Annual report on the health of the army in India
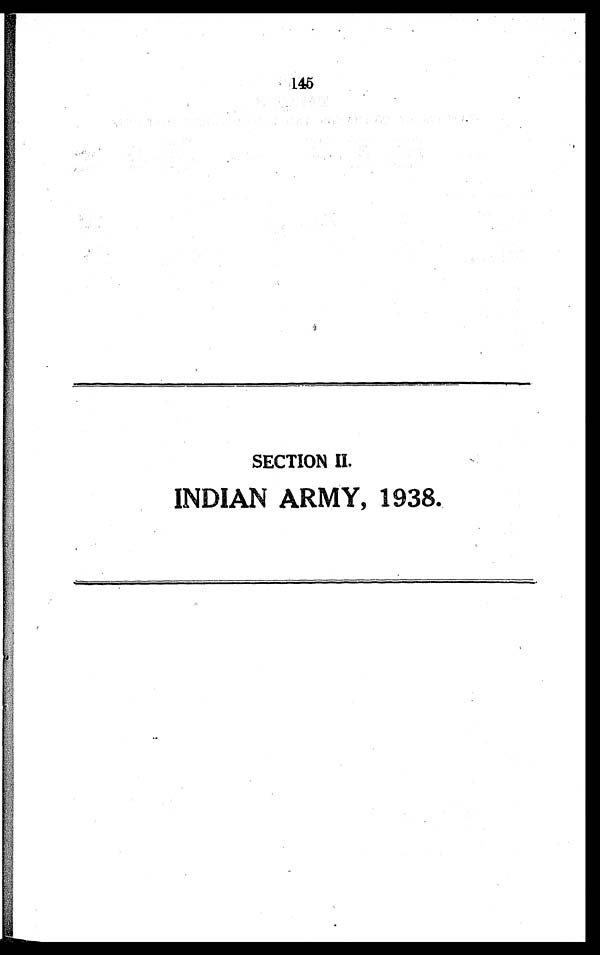
145
SECTION II.
INDIAN ARMY, 1938.